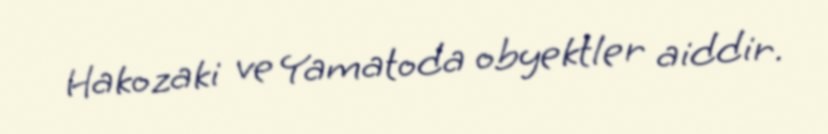
Hakozaki ve Yamatoda obyektler aiddir.